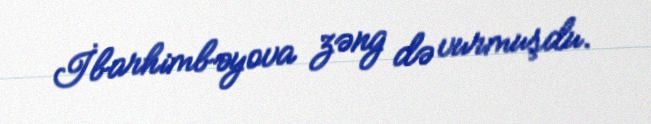
İbarhimbəyova zəng də vurmuşdu.